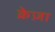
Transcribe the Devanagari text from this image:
क्रेज़ा